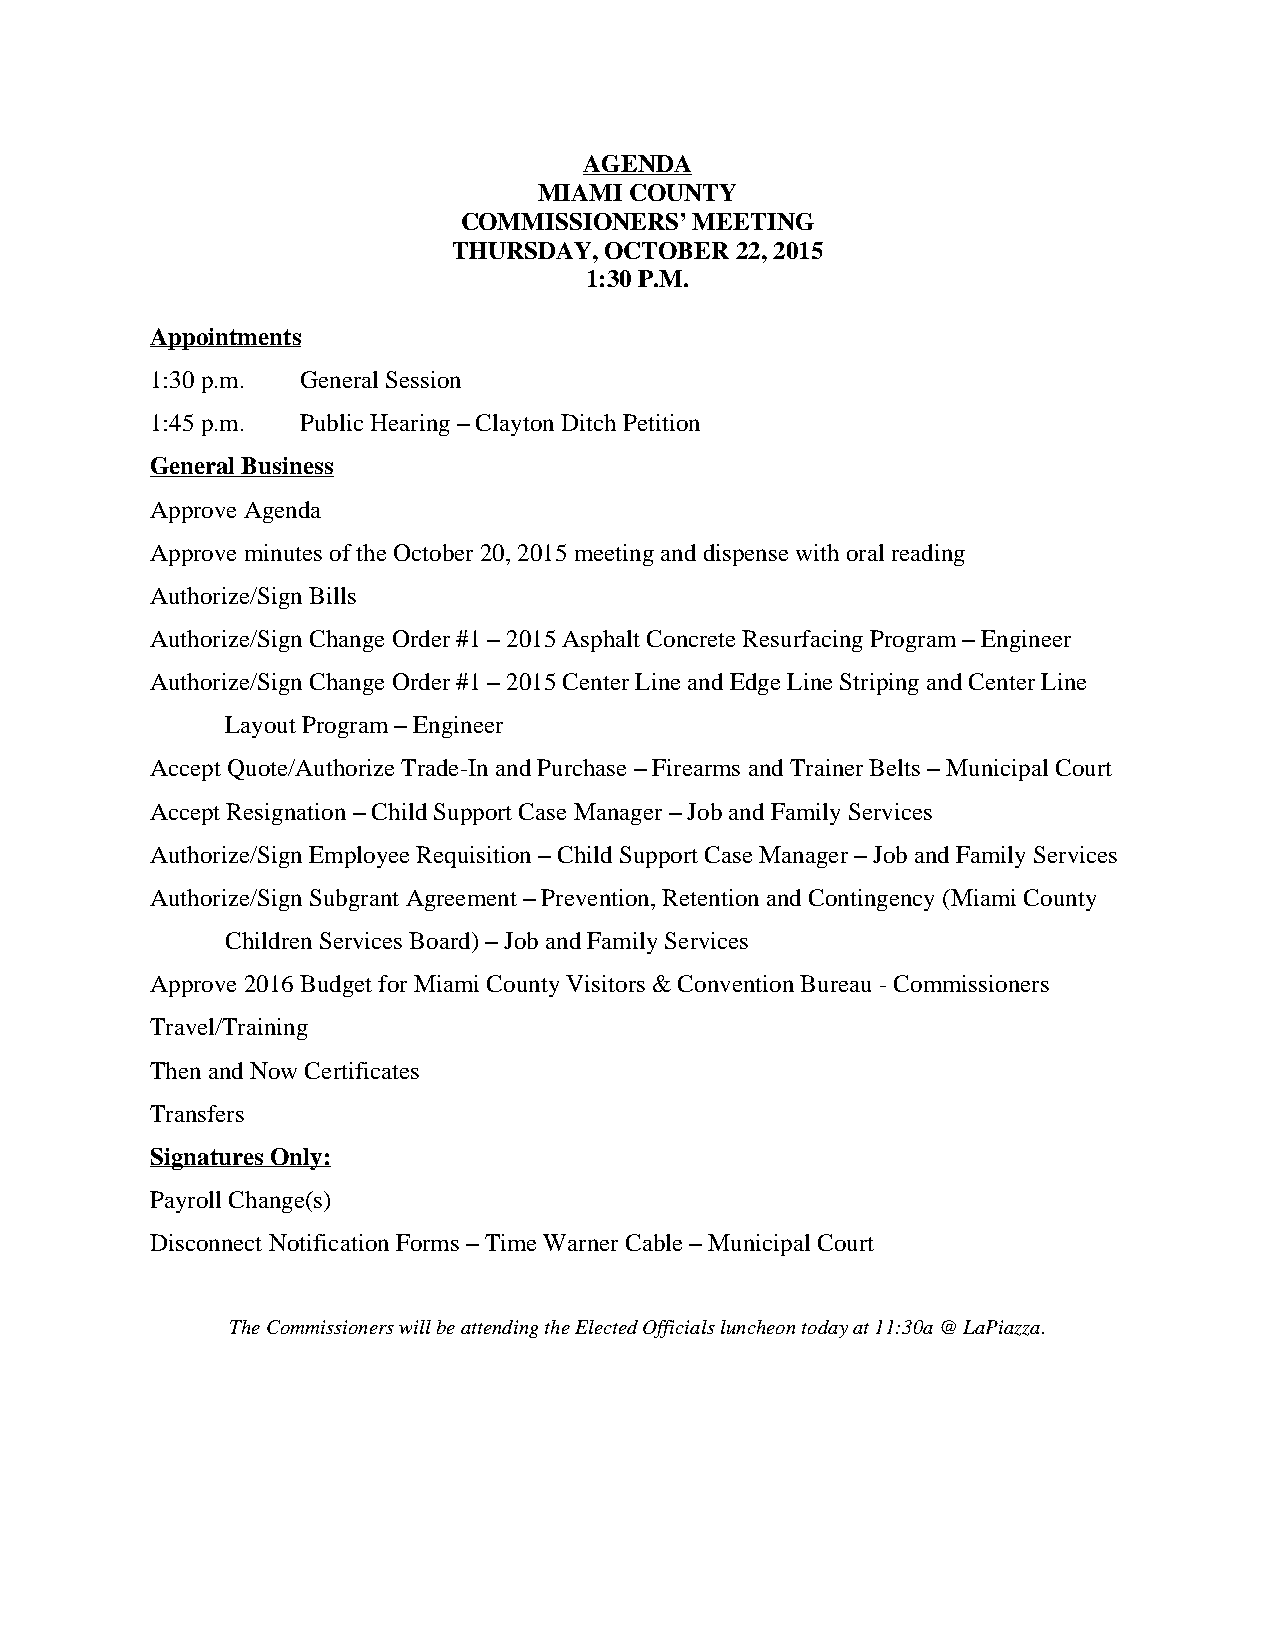
AGENDA
 MIAMI COUNTY
 COMMISSIONERS’ MEETING
 THURSDAY, OCTOBER  22, 2015
 1:30 P.M.
 Appointments
 1:30 p.m. General Session
 1:45 p.m. Public Hearing – Clayton Ditch Petition
 General Business
 Approve Agenda
 Approve minutes of the October 20, 2015 meeting and dispense with oral reading
 Authorize/Sign Bills
 Authorize/Sign Change Order #1 – 2015 Asphalt Concrete Resurfacing Program – Engineer
 Authorize/Sign Change Order #1 – 2015 Center Line and Edge Line Striping and Center Line
 Layout Program – Engineer
 Accept Quote/Authorize Trade-In and Purchase – Firearms and Trainer Belts – Municipal Court
 Accept Resignation – Child Support Case Manager – Job and Family Services
 Authorize/Sign Employee Requisition – Child Support Case Manager – Job and Family Services
 Authorize/Sign Subgrant Agreement – Prevention, Retention and Contingency (Miami County
 Children Services Board) – Job and Family Services
 Approve 2016 Budget for Miami County Visitors & Convention Bureau - Commissioners
 Travel/Training
 Then and Now Certificates
 Transfers
 Signatures Only:
 Payroll Change(s)
 Disconnect Notification Forms – Time Warner Cable – Municipal Court
 The Commissioners will be attending the Elected Officials luncheon today at 11:30a @ LaPiazza.